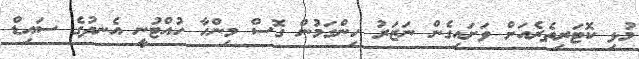
މުޅި ކޮޓަރިތެރެއަށް ވަށައިގެން ނަޒަރު ހިންގަމުން ގޮސް މިންހާ ހުއްޓުނީ އެނދުގެ ސައިޑް